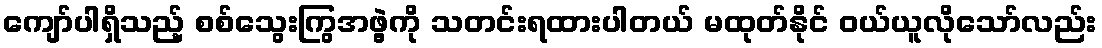
ကျော်ပါရှိသည့် စစ်သွေးကြွအဖွဲ့ကို သတင်းရထားပါတယ် မထုတ်နိုင် ဝယ်ယူလိုသော်လည်း